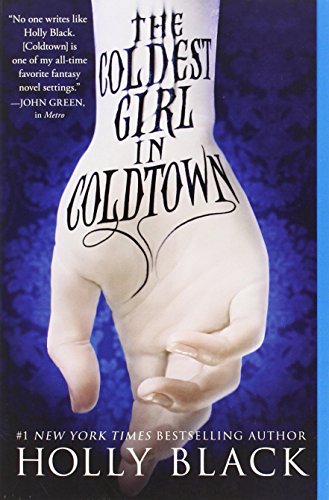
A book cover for The Coldest Girl in Coldtown; Holly Black; Teen & Young Adult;